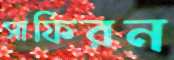
সাফিরন